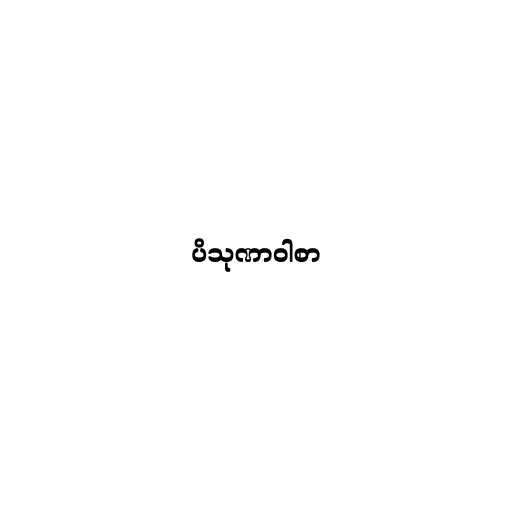
ပိသုဏာဝါစာ